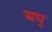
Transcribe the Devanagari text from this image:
बघु